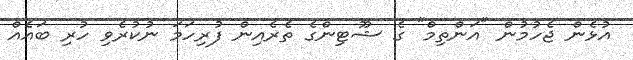
އުޅެން ޖެހުމުން "އަންތިމް" ގެ ޝޫޓިންގެ ތެރެއިން ފުރިހަމަ ނުކުރެވި ހުރި ބައެއް